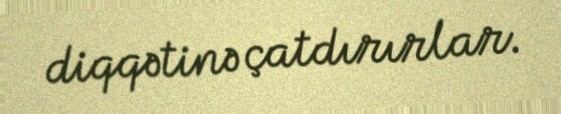
diqqətinə çatdırırlar.